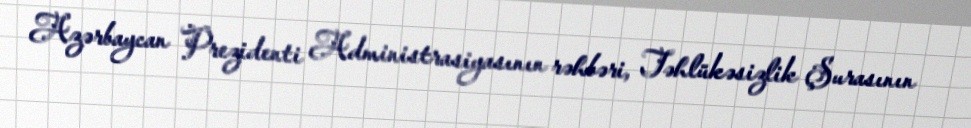
Azərbaycan Prezidenti Administrasiyasının rəhbəri, Təhlükəsizlik Şurasının